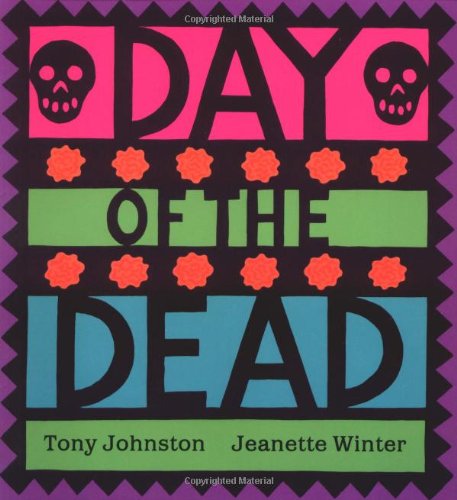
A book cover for Day of the Dead; Tony Johnston; Children's Books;